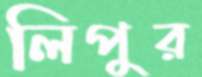
লিপুর